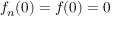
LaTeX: f _ { n } ( 0 ) = f ( 0 ) = 0